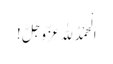
اَ لْحَمْدُ لِلّٰہ عَزَّوَجَلَّ !